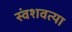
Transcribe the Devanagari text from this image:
स्वंशवत्या